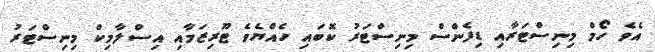
އެވެ ހޯމް މިނިސްޓަރާއި ޑިފެންސް މިނިސްޓަރު ކޮބައި ހެއްޔެވެ ޓޫރިޒަމާއި އިސްލާމިކް މިނިސްޓަރު